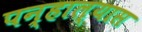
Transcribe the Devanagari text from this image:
पन्हाल्यास